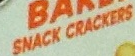
SNACK CRACKERS